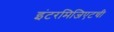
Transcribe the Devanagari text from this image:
इंटरमिजिएटची